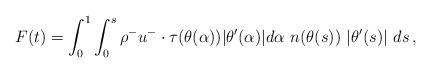
LaTeX: \begin{align*}F(t)=\int_0^1 \int_0^s \rho^- u^-\cdot\tau(\theta(\alpha))|\theta'(\alpha)| d\alpha\ n(\theta(s))\ |\theta'(s)|\ ds\,,\end{align*}